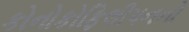
કોનોકોફિલીપનનો